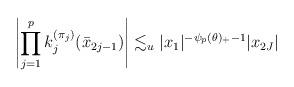
LaTeX: \begin{align*}\left|\prod_{j=1}^pk_j^{(\pi_j)}(\bar{x}_{2j-1})\right|\lesssim_{u}|x_{1}|^{-\psi_{p}(\theta)_{+}-1}|x_{2J}|\end{align*}